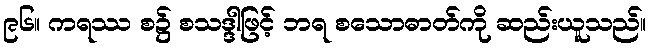
၉၆။ ကရဿ စ၌ စသဒ္ဒါဖြင့် ဘရ စသောဓာတ်ကို ဆည်းယူသည်။